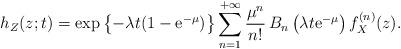
LaTeX: \begin{align*} h_Z(z;t)=\exp\left\{-\lambda t(1-{\rm e}^{-\mu})\right\} \sum_{n=1}^{+\infty} {\mu^n\over n!}\,B_n\left(\lambda t {\rm e}^{-\mu}\right)f^{(n)}_X(z). \end{align*}